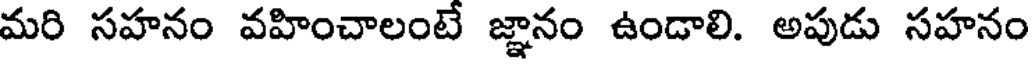
మరి సహనం వహించాలంటే జ్ఞానం ఉండాలి. అపుడు సహనం